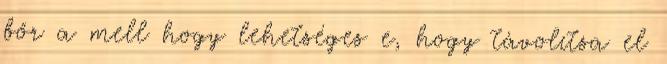
bőr a mell hogy lehetséges e, hogy távolítsa el